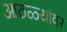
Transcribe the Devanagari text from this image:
आठळ्यांवर